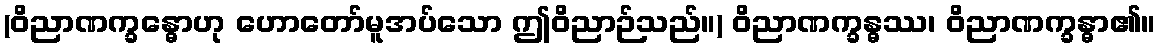
(ဝိညာဏက္ခန္ဓောဟု ဟောတော်မူအပ်သော ဤဝိညာဉ်သည်။) ဝိညာဏက္ခန္ဓဿ၊ ဝိညာဏက္ခန္ဓာ၏။